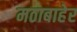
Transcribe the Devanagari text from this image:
मठाबाहेर